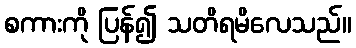
စကားကို ပြန်၍ သတိရမိလေသည်။